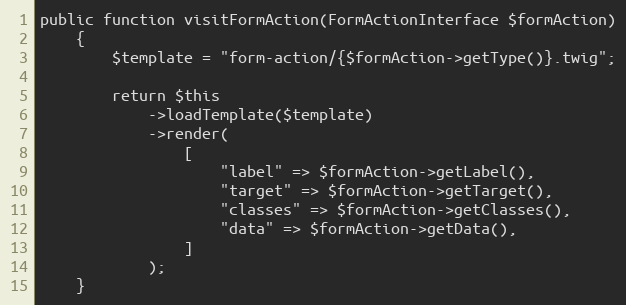
Language: PHP
public function visitFormAction(FormActionInterface $formAction)
    {
        $template = "form-action/{$formAction->getType()}.twig";

        return $this
            ->loadTemplate($template)
            ->render(
                [
                    "label" => $formAction->getLabel(),
                    "target" => $formAction->getTarget(),
                    "classes" => $formAction->getClasses(),
                    "data" => $formAction->getData(),
                ]
            );
    }